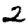
Digit: 2